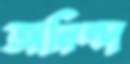
অনিন্দ